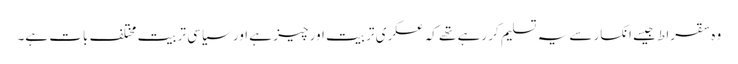
وہ سقراط جیسے انکسار سے یہ تسلیم کر رہے تھے کہ عسکری تربیت اور چیز ہے اور سیاسی تربیت مختلف بات ہے۔